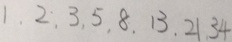
1 , 2 , 3 , 5 , 8 , 1 3 , 2 1 , 3 4